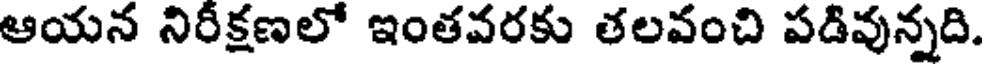
ఆయన నిరీక్షణలో ఇంతవరకు తలవంచి పడివున్నది.